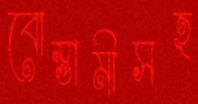
বোস্তামীসহ